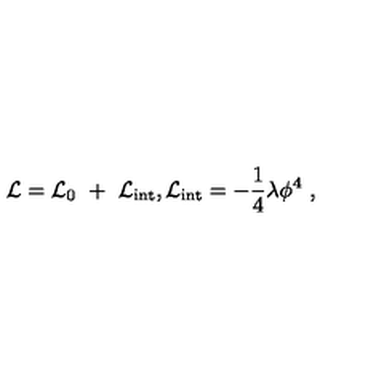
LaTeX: { \cal L } = { \cal L } _ { 0 } \ + \ { \cal L } _ { \mathrm { i n t } } , { \cal L } _ { \mathrm { i n t } } = - \frac { 1 } { 4 } \lambda \phi ^ { 4 } \ ,